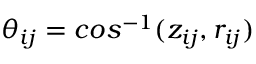
\theta _ { i j } = c o s ^ { - 1 } ( z _ { i j } , r _ { i j } )